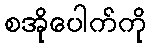
စအိုပေါက်ကို